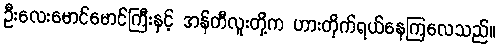
ဦးလေးမောင်မောင်ကြီးနှင့် အန်တီလူးတို့က ဟားတိုက်ရယ်နေကြလေသည်။